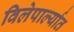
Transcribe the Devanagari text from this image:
विलेपार्ल्यात